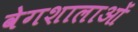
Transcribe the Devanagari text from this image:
वेगशालाओं